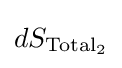
dS_{{\text{Total}}_{2}}